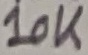
Text: 10K